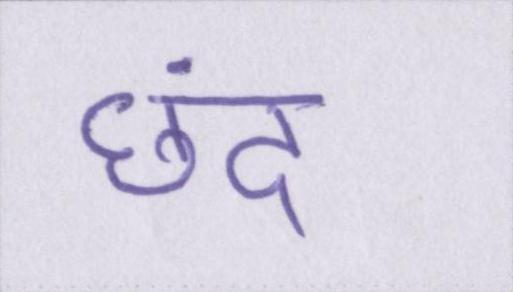
छंद